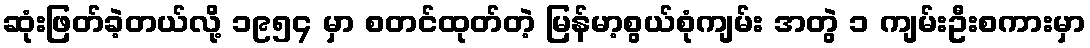
ဆုံးဖြတ်ခဲ့တယ်လို့ ၁၉၅၄ မှာ စတင်ထုတ်တဲ့ မြန်မာ့စွယ်စုံကျမ်း အတွဲ ၁ ကျမ်းဦးစကားမှာ